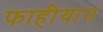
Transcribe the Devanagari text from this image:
फाहीयान